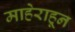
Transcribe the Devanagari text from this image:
माहेराहून